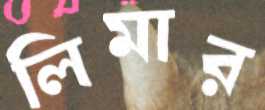
লিমার